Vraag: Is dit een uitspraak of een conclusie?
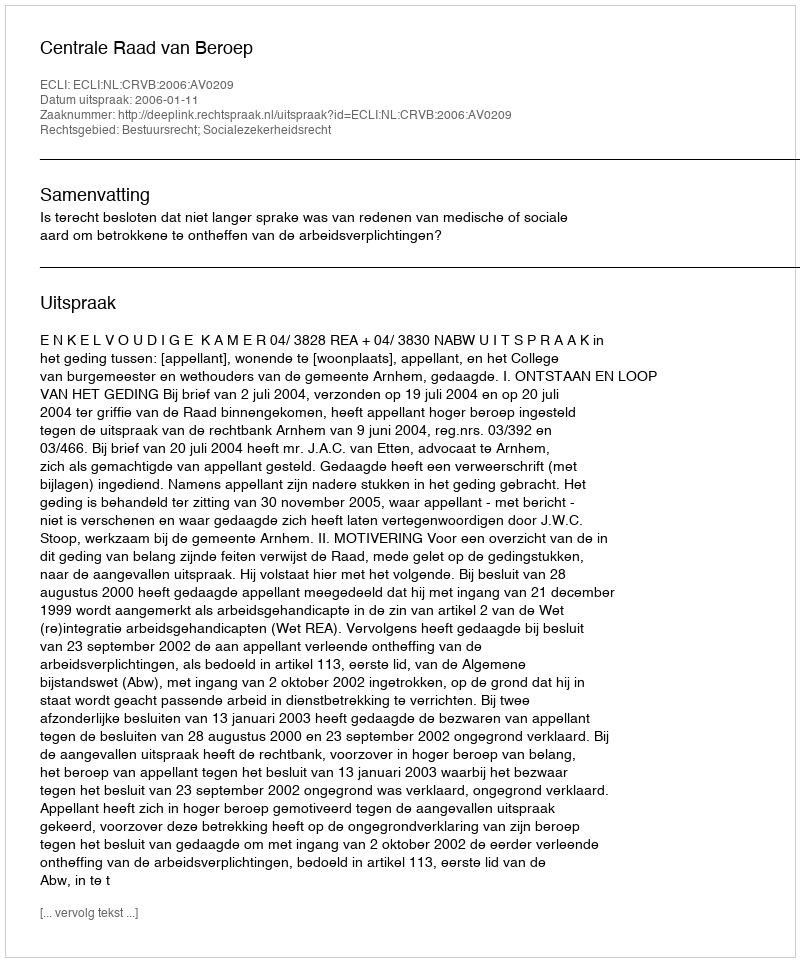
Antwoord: Uitspraak